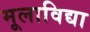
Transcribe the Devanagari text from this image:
मूलाविद्या